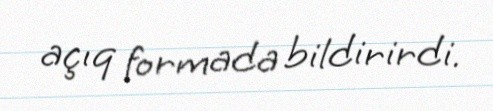
açıq formada bildirirdi.